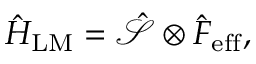
\hat { H } _ { \mathrm { L M } } = \mathcal { \hat { S } } \otimes \hat { F } _ { \mathrm { e f f } } ,